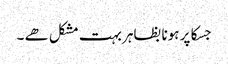
جسکا پر ہونا بظاہر بہت مشکل ھے ۔